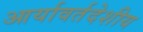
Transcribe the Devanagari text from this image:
आर्यावर्तदेशीय